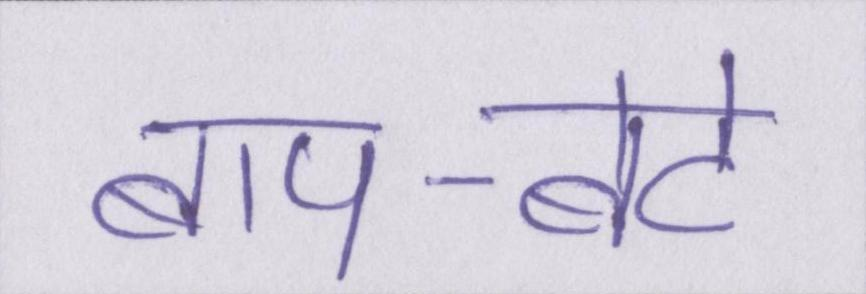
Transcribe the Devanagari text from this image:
बाप-बेटे